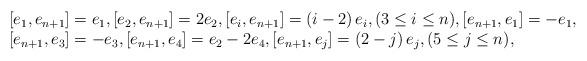
LaTeX: \begin{align*}\begin{array}{l}\displaystyle [e_1,e_{n+1}]=e_1,[e_2,e_{n+1}]=2e_2,[e_{i},e_{n+1}]=\left(i-2\right)e_{i},(3\leq i\leq n),[e_{n+1},e_1]=-e_1,\\\displaystyle [e_{n+1},e_3]=-e_3,[e_{n+1},e_4]=e_2-2e_4,[e_{n+1},e_j]=\left(2-j\right)e_j,(5\leq j\leq n),\end{array} \end{align*}